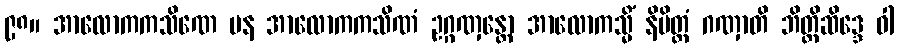
၉၈။ အာလောကကသိဏေ ပန အာလောကကသိဏံ ဥဂ္ဂဏှန္တော အာလောကသ္မိံ နိမိတ္တံ ဂဏှာတိ ဘိတ္တိဆိဒ္ဒေ ဝါ